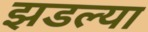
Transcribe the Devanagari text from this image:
झडल्या